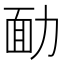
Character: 勔